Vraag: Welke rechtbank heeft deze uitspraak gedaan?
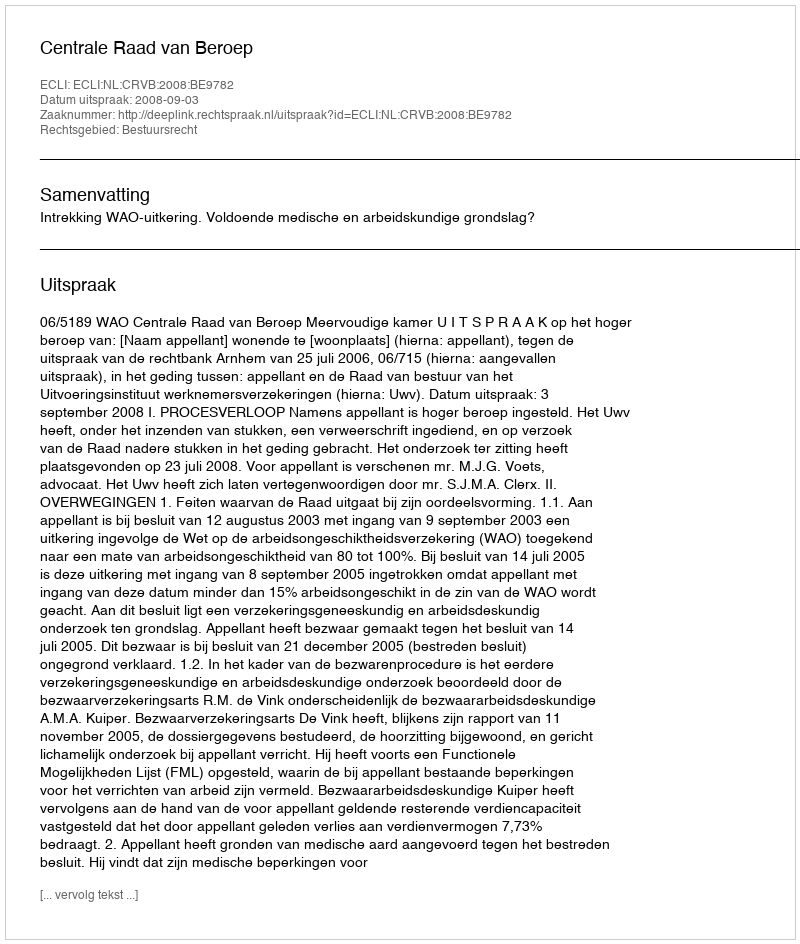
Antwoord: Centrale Raad van Beroep